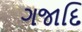
ગજાદિ